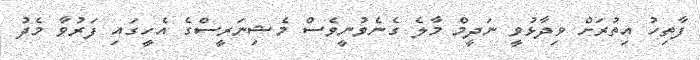
ފާތިހު އިތުރަށް ވިދާޅުވީ ނަދީމް މާލެ ގެނެވުނީވެސް މެޝިނަރީސްގެ އެހީގައި ފަރުވާ މެދު